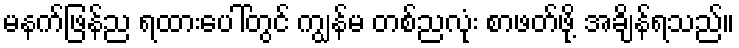
မနက်ဖြန်ည ရထားပေါ်တွင် ကျွန်မ တစ်ညလုံး စာဖတ်ဖို့ အချိန်ရသည်။